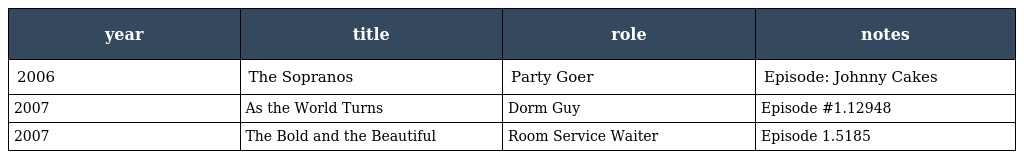
| year | title | role | notes |
 | --- | --- | --- | --- |
 | 2006 | The Sopranos | Party Goer | Episode: Johnny Cakes |
 | 2007 | As the World Turns | Dorm Guy | Episode #1.12948 |
 | 2007 | The Bold and the Beautiful | Room Service Waiter | Episode 1.5185 |